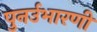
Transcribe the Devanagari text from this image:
पुनर्उभारणी